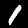
Label: 1